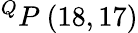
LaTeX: ^{Q}P\ (18,17)